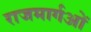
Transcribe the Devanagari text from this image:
राजमार्गओं